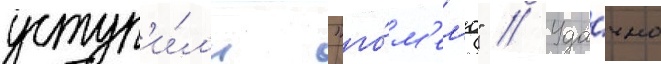
уступ'и́л'и "го́м'ел'ю" // Уда́чно